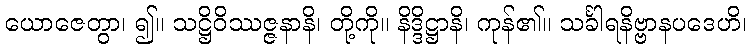
ယောဇေတွာ၊ ၍။ သဋ္ဌိဝိဿဇ္ဇနာနိ၊ တို့ကို။ နိဒ္ဒိဋ္ဌာနိ၊ ကုန်၏။ သင်္ခါရနိဗ္ဗာနပဒေဟိ၊